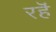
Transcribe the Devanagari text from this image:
रहॆं